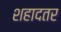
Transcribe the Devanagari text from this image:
शहादतर